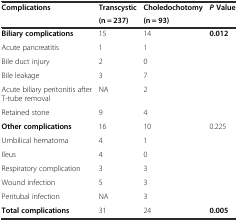
<table><thead><tr><td><b>Complications</b></td><td><b>Transcystic</b></td><td><b>Choledochotomy</b></td><td><b><i>P</i>Value</b></td></tr><tr><td></td><td><b>(n = 237)</b></td><td><b>(n = 93)</b></td><td></td></tr></thead><tbody><tr><td><b>Biliary complications</b></td><td>15</td><td>14</td><td><b>0.012</b></td></tr><tr><td>Acute pancreatitis</td><td>1</td><td>1</td><td></td></tr><tr><td>Bile duct injury</td><td>2</td><td>0</td><td></td></tr><tr><td>Bile leakage</td><td>3</td><td>7</td><td></td></tr><tr><td>Acute biliary peritonitis after T-tube removal</td><td>NA</td><td>2</td><td></td></tr><tr><td>Retained stone</td><td>9</td><td>4</td><td></td></tr><tr><td><b>Other complications</b></td><td>16</td><td>10</td><td>0.225</td></tr><tr><td>Umbilical hematoma</td><td>4</td><td>1</td><td></td></tr><tr><td>Ileus</td><td>4</td><td>0</td><td></td></tr><tr><td>Respiratory complication</td><td>3</td><td>3</td><td></td></tr><tr><td>Wound infection</td><td>5</td><td>3</td><td></td></tr><tr><td>Peritubal infection</td><td>NA</td><td>3</td><td></td></tr><tr><td><b>Total complications</b></td><td>31</td><td>24</td><td><b>0.005</b></td></tr></tbody></table>